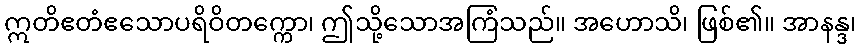
ဣတိဧတံဧသောပရိဝိတက္ကော၊ ဤသို့သောအကြံသည်။ အဟောသိ၊ ဖြစ်၏။ အာနန္ဒ၊